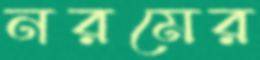
নরমের